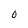
Character: 0